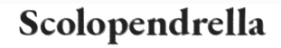
Scolopendrella